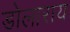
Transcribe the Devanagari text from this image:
डोलाराय